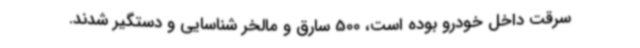
سرقت داخل خودرو بوده است، 500 سارق و مالخر شناسایی و دستگیر شدند.